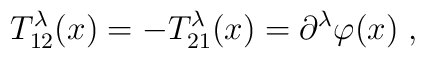
T^\lambda_{12}(x) = -T^\lambda_{21}(x) = \partial^\lambda\varphi(x)\;,